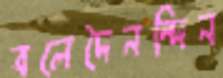
বলেদৈনন্দিন